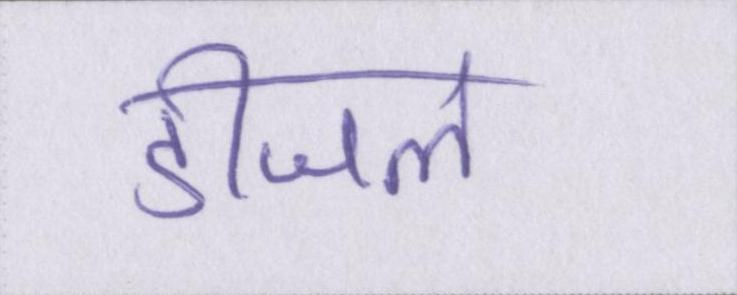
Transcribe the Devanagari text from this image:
डीजल